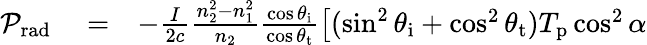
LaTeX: \begin{array}{rlr}{\mathcal{P}_{\mathrm{rad}}}&{{}=}&{-\frac{I}{2c}\frac{n_{2}^{2}-n_{1}^{2}}{n_{2}}\frac{\cos\theta_{\mathrm{i}}}{\cos\theta_{\mathrm{t}}}\left[(\sin^{2}\theta_{\mathrm{i}}+\cos^{2}\theta_{\mathrm{t}})T_{\mathrm{p}}\cos^{2}\alpha\right.}\end{array}